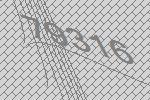
79316